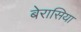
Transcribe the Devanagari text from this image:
बेरासिया